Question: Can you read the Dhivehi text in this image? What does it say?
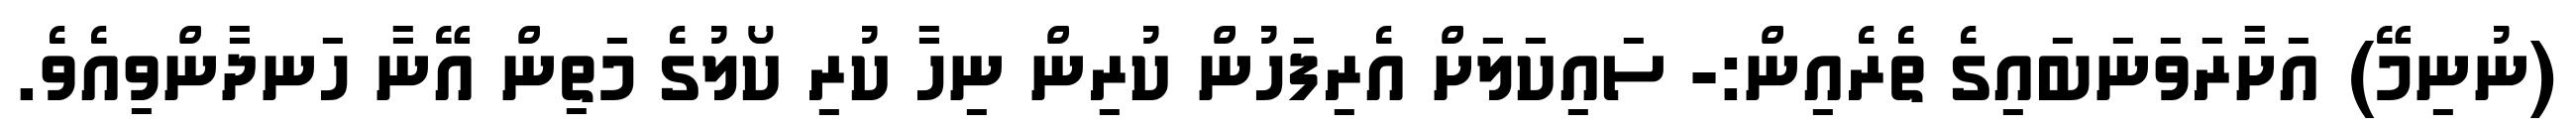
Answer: (ނުނިމޭ) އަށާރަވަނަބައިގެ ތެރެއިން:- ސައިކަލަށް އެރިފަހުން ކުރިން ނިހާ ކުރި ކޯލުގެ މަތިން އޭނާ ހަނދާންވިއެވެ.